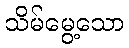
သိမ်မွေ့သော